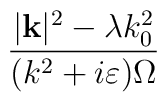
\frac{|\mathbf{k}|^{2}-\lambda k_{0}^{2}}{(k^{2}+i\varepsilon )\Omega }